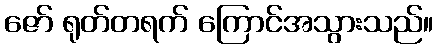
ဇော် ရုတ်တရက် ကြောင်အသွားသည်။